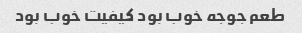
طعم جوجه خوب بود کیفیت خوب بود